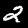
Digit: 2